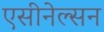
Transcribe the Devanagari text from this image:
एसीनेल्सन